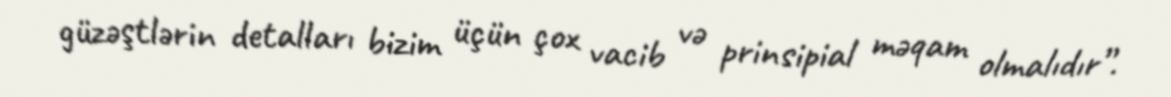
güzəştlərin detalları bizim üçün çox vacib və prinsipial məqam olmalıdır”.